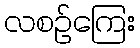
လစဉ်ကြေး